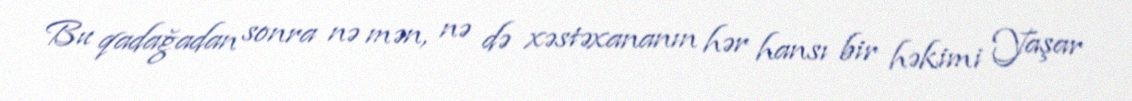
Bu qadağadan sonra nə mən, nə də xəstəxananın hər hansı bir həkimi Yaşar